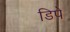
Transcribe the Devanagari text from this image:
डिपे